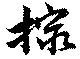
撮